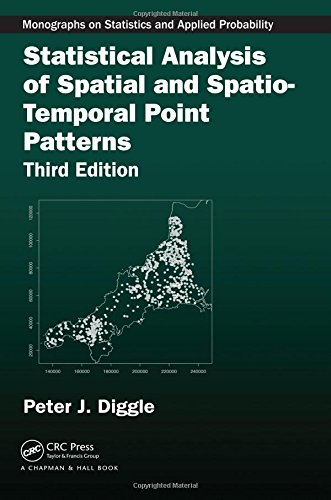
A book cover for Statistical Analysis of Spatial and Spatio-Temporal Point Patterns, Third Edition (Chapman & Hall/CRC Monographs on Statistics & Applied Probability); Peter J. Diggle; Science & Math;